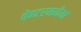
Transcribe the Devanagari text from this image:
वेंकटरमनैया